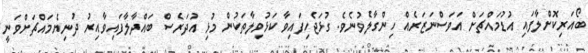
ބޯއަރިކޮށްލާފައި އުޑުމައްޗަށް އަވަސްނަޒަރެއް ހިންގާލެވުނެވެ. ގުޅަޖެހިފައިވާ ކަޅުވިލާތަކުން މުޅި އުދަރެސް ބައްދާލާފައިވާއިރު ދުނިޔެމައްޗަށްވަނީ